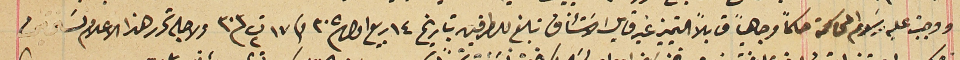
ووجب عليه رسَوم المحاكمة حكماً وجاهياً قابلاً للتمييز غير قابل الاسَتئناف تبلغ الطرفين بتاريخ ١٤ ربيع اول / ٣٠٥ وفى ١٧ ت٢/ ٣٠٣ ولاجله تحرر هذا الاعلام نسختين